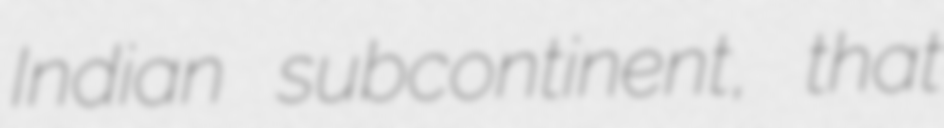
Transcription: Indian subcontinent, that